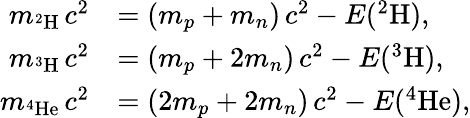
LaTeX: \begin{array}{rl}{m_{^2\mathrm{H}}\, c^{2}}&{=(m_{p}+m_{n})\, c^{2}-E(^{2}\mathrm{H}),}\\ {m_{^3\mathrm{H}}\, c^{2}}&{=(m_{p}+2m_{n})\, c^{2}-E(^{3}\mathrm{H}),}\\ {m_{^4\mathrm{He}}\, c^{2}}&{=(2m_{p}+2m_{n})\, c^{2}-E(^{4}\mathrm{He}),}\end{array}